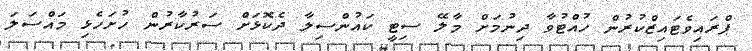
ޕްރަައިވެޓައިޒްކުރުން ހުއްޓުވާ ދިނުމަށް މާލޭ ސިޓީ ކައުންސިލާ ދެކޮޅަށް ސަރުކާރުން ހުށަހެޅި މައްސަލަ